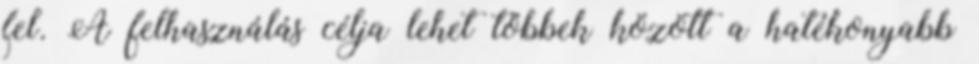
fel. A felhasználás célja lehet többek között a hatékonyabb